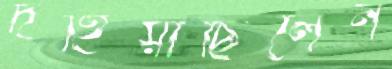
দহিয়াছিলেন